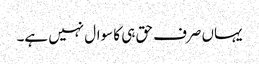
یہاں صرف حق ہی کا سوال نہیں ہے۔